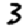
Digit: 3